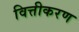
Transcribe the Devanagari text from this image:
वित्तीकरण